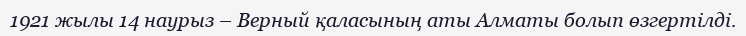
1921 жылы 14 наурыз – Верный қаласының аты Алматы болып өзгертілді.